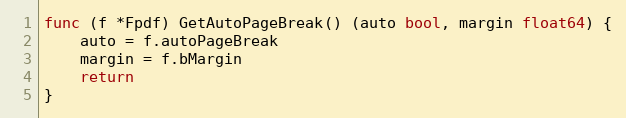
Language: Go
func (f *Fpdf) GetAutoPageBreak() (auto bool, margin float64) {
	auto = f.autoPageBreak
	margin = f.bMargin
	return
}